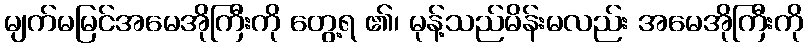
မျက်မမြင်အမေအိုကြီးကို တွေ့ရ ၏၊ မုန့်သည်မိန်းမလည်း အမေအိုကြီးကို